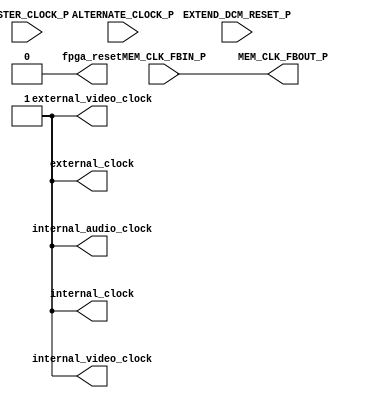
module CLOCKGEN(
	MASTER_CLOCK_P,
	ALTERNATE_CLOCK_P,
	MEM_CLK_FBOUT_P,
	MEM_CLK_FBIN_P,
	EXTEND_DCM_RESET_P,
	internal_audio_clock,
	internal_video_clock,
	external_video_clock,
	internal_clock,
	external_clock,
	fpga_reset
);

input  		MASTER_CLOCK_P;			// master clock input (27MHz) 
input  		ALTERNATE_CLOCK_P;		// alternate clock input (50MHz)
output 		MEM_CLK_FBOUT_P;			// memory DCM feedback loop output
input  		MEM_CLK_FBIN_P;			// memory DCM feedback loop input
input  		EXTEND_DCM_RESET_P;		// signal to extend the DCM reset
output reg 	internal_audio_clock;	// internal audio clock
output reg 	internal_video_clock;	// internal video clock
output		external_video_clock;	// external video clock
output reg 	internal_clock;			// internal clock for ZBT RAMs
output 		external_clock;			// external clock for ZBT RAMs
output reg	fpga_reset;					// reset to fpga until all DCMs are locked

assign MEM_CLK_FBOUT_P = MEM_CLK_FBIN_P;
assign external_video_clock = internal_video_clock;
assign external_clock = internal_clock;

initial begin
	internal_audio_clock = 1'b0;
	internal_video_clock = 1'b0;
	internal_clock = 1'b0;
	fpga_reset = 1'b1; #10000 fpga_reset = 1'b0;
end

always begin
	#9.259 internal_clock = 1'b0;
	#9.259 internal_clock = 1'b1; internal_audio_clock = 1'b0;
	#9.259 internal_clock = 1'b0;
	#9.259 internal_clock = 1'b1; internal_audio_clock = 1'b1;
end

always begin
	#12.5 internal_video_clock = 1'b0;
	#12.5 internal_video_clock = 1'b1;
end 

endmodule